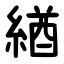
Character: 緧